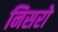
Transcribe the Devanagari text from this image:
निसरो